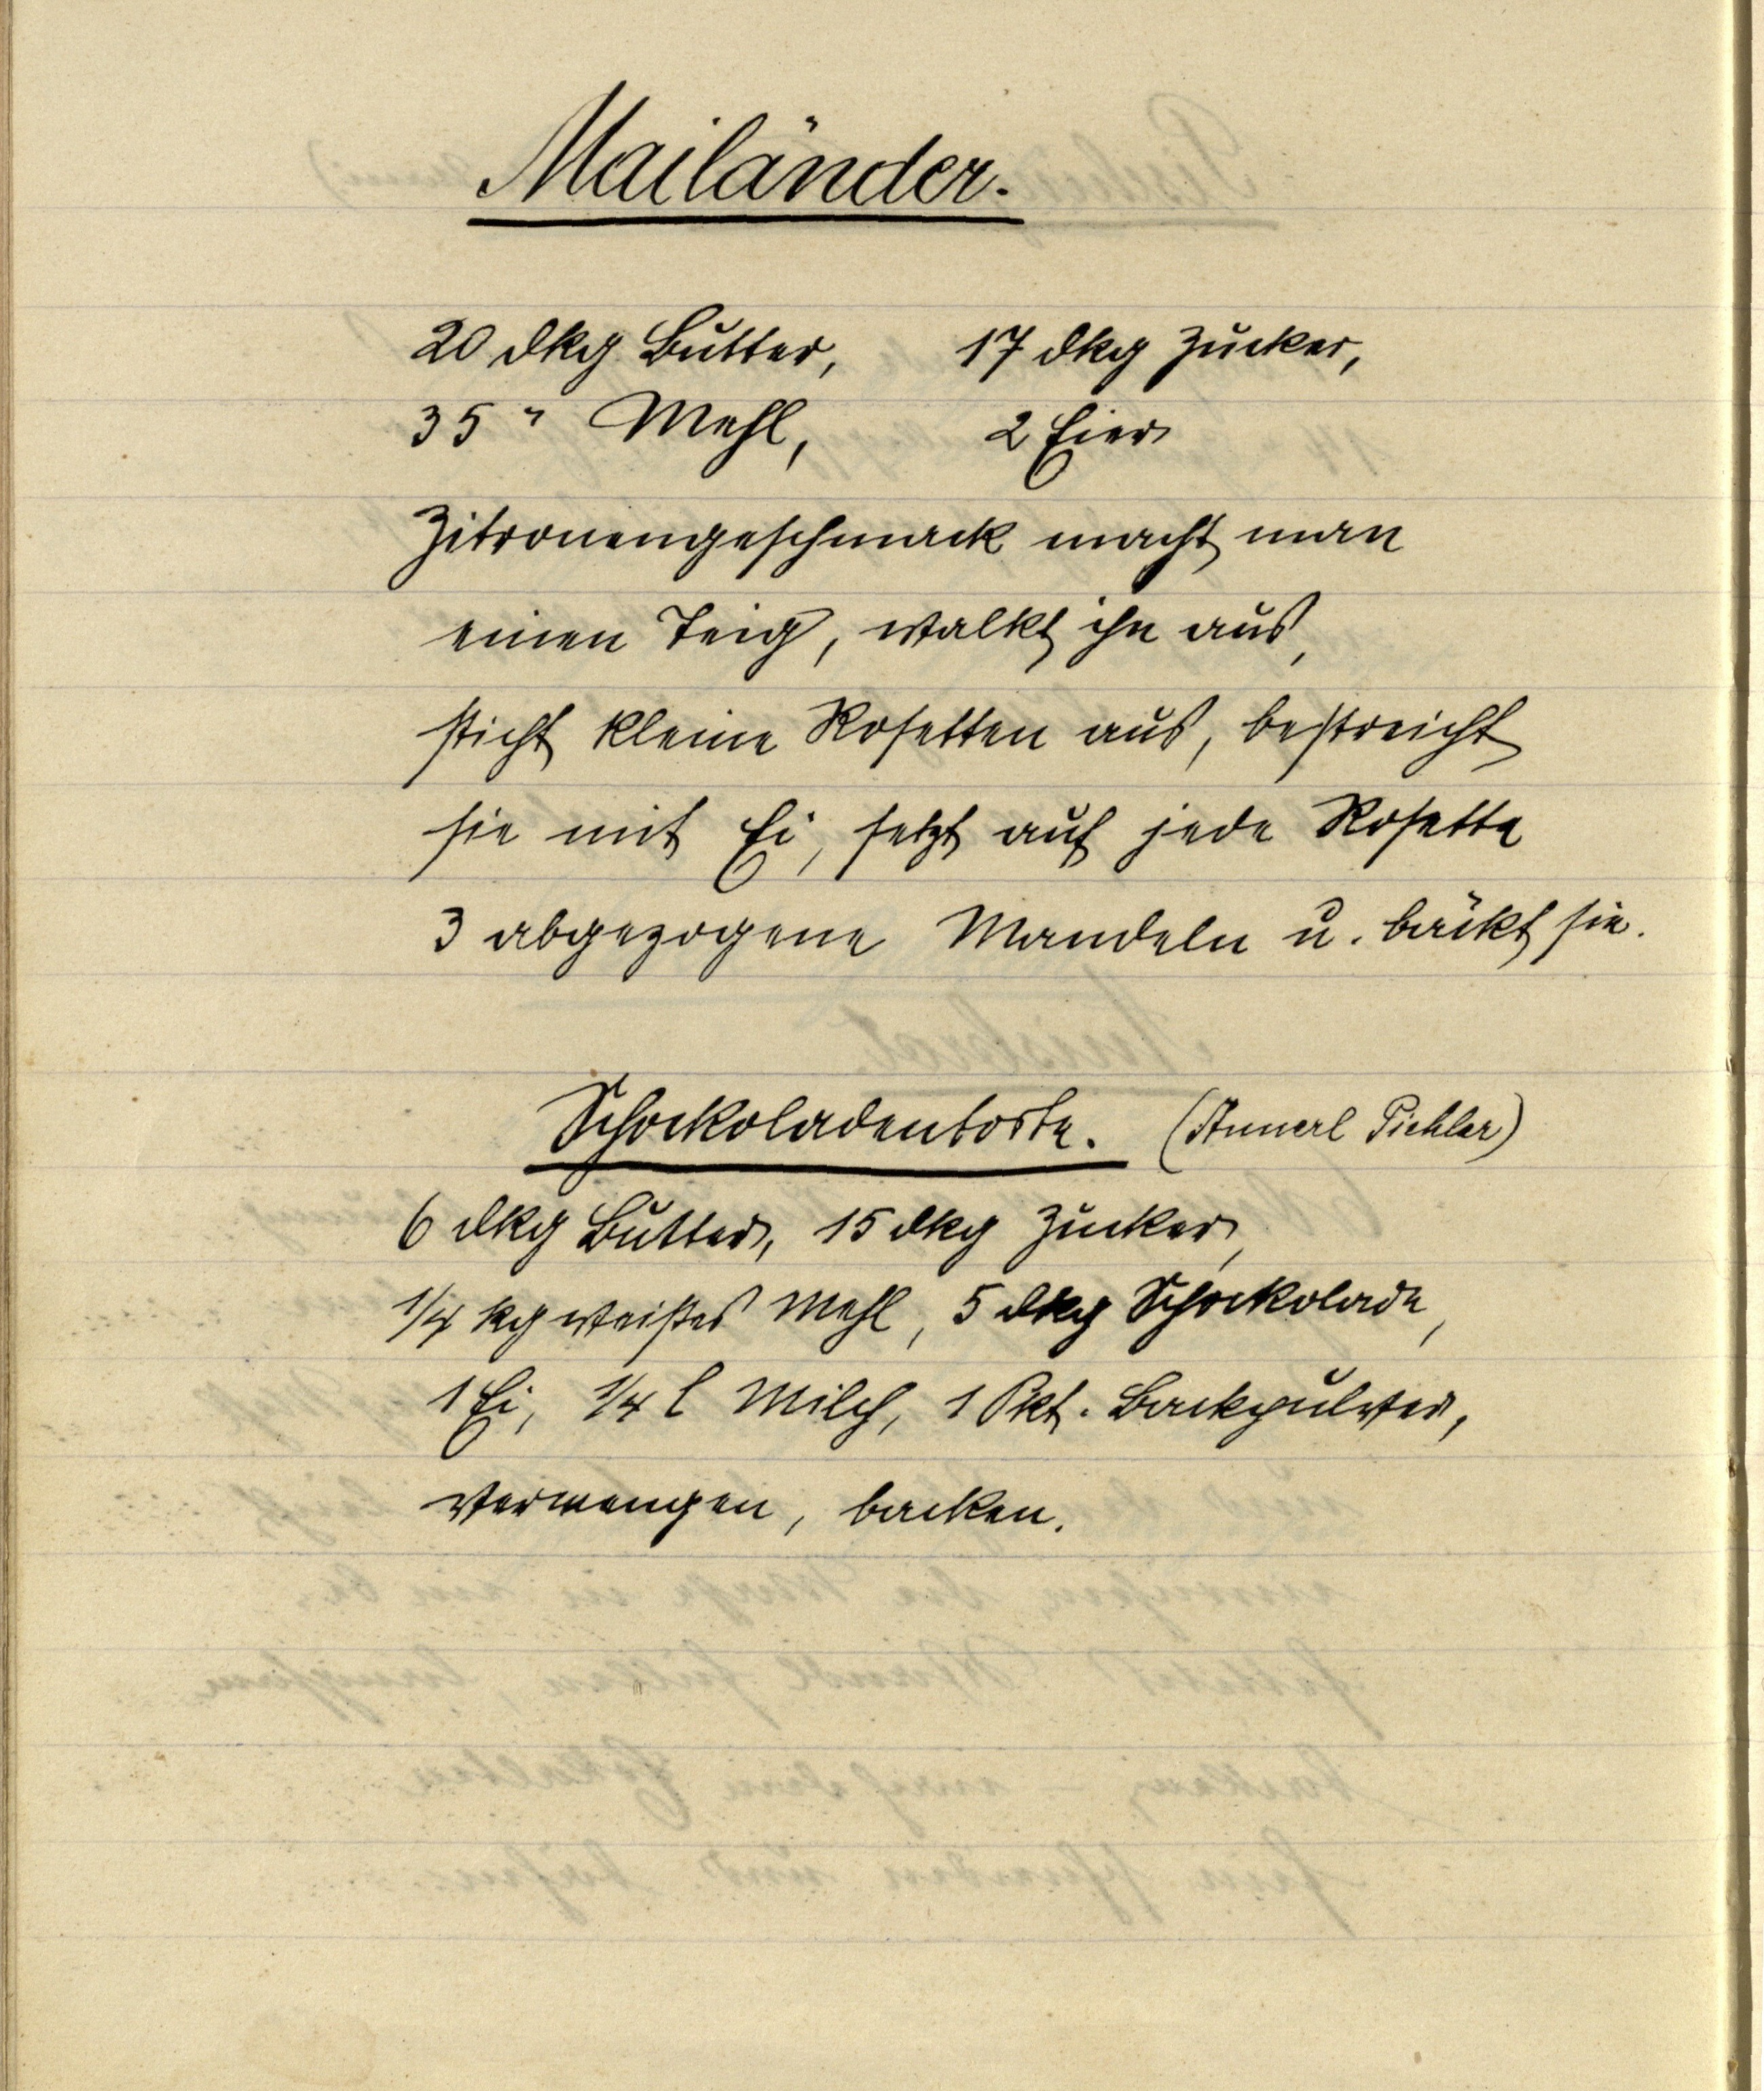
Mailänder.

20 dkg Butter, 17 dkg Zucker,
35 " Mehl, 2 Eier
Zitronengeschmack macht man
einen Teig, walkt ihn aus,
sticht kleine Rosetten aus, bestreicht
sie mit Ei, setzt auf jede Rosette
3 abgezogene Mandeln u. bäckt sie.

Schockoladentorte. (Annerl Pichler)
6 dkg Butter, 15 dkg Zucker,
¼ kg weißes Mehl, 5 dkg Schockolade,
1 Ei, ¼ l Milch, 1 Pkt. Backpulver,
vermengen, backen.